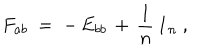
LaTeX: F _ { a b } ^ { } ~ = \; - \, E _ { b b } \, + \, \frac { 1 } { n } \, \mathbf { 1 } _ { n } ~ ,